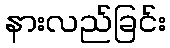
နားလည်ခြင်း